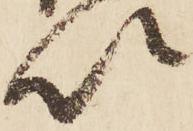
以